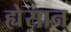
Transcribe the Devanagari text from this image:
ह्येसान